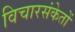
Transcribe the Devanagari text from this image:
विचारसंकेतों